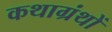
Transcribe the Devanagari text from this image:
कथाग्रंथों